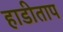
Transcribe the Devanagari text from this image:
हाडीताप